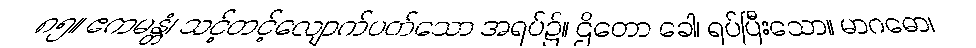
၈၅။ ဧကမန္တံ၊ သင့်တင့်လျောက်ပတ်သော အရပ်၌။ ဌိတော ခေါ၊ ရပ်ပြီးသော။ မာဂဓော၊